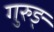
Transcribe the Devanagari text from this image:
गुरुङ्